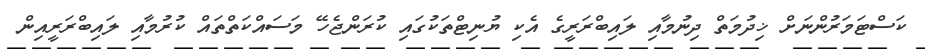
ކަސްޓަމަރުންނަށް ޚިދުމަތް ދިނުމާއި ލައިބްރަރީގެ އެކި ޔުނިޓްތަކުގައި ކުރަންޖެހޭ މަސައްކަތްތައް ކުރުމާއި ލައިބްރަރީއިން